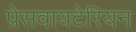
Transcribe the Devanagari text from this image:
प्रेसवायटेरियन